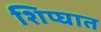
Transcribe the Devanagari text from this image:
शिप्घात